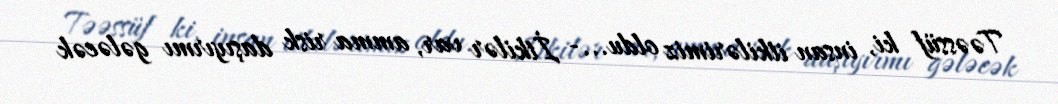
Təəssüf ki, insan itkilərimiz oldu...- İtkilər var, amma risk daşıyırmı gələcək